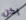
يكن